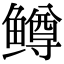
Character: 鳟